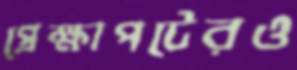
প্রেক্ষাপটেরও